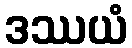
ဒဿယံ